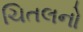
ચિતલનો